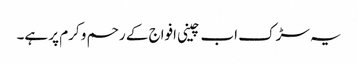
یہ سڑک اب چینی افواج کے رحم و کرم پر ہے۔